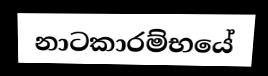
නාටකාරම්භයේ